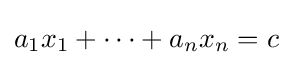
a_{1}x_{1}+\cdots +a_{n}x_{n}=c